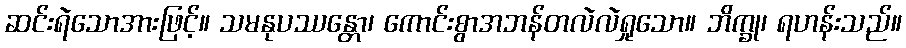
ဆင်းရဲသောအားဖြင့်။ သမနုပဿန္တော၊ ကောင်းစွာအဘန်တလဲလဲရှုသော။ ဘိက္ခု၊ ရဟန်းသည်။